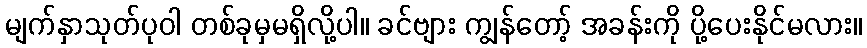
မျက်နှာသုတ်ပုဝါ တစ်ခုမှမရှိလို့ပါ။ ခင်ဗျား ကျွန်တော့် အခန်းကို ပို့ပေးနိုင်မလား။